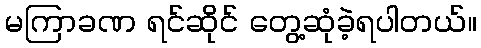
မကြာခဏ ရင်ဆိုင် တွေ့ဆုံခဲ့ရပါတယ်။